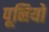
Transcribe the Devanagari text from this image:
पूनियों